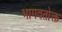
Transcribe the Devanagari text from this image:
भागवतोक्त